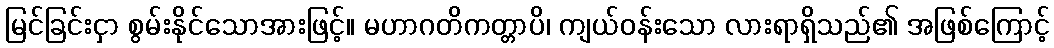
မြင်ခြင်းငှာ စွမ်းနိုင်သောအားဖြင့်။ မဟာဂတိကတ္တာပိ၊ ကျယ်ဝန်းသော လားရာရှိသည်၏ အဖြစ်ကြောင့်